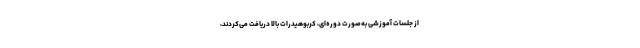
از جلسات آموزشی به‌صورت دوره‌ای، کربوهیدرات بالا دریافت می‌کردند،